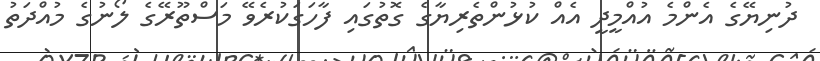
ދުނިޔޭގެ އެންމެ އުއްމީދީ އެއް ކުޅުންތެރިޔާގެ ގޮތުގައި ފާހަގަކުރެވޭ މަސްތޫރޭގެ ލޯނުގެ މުއްދަތު